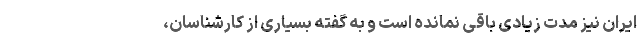
ایران نیز مدت زیادی باقی نمانده است و به گفته بسیاری از کارشناسان،